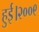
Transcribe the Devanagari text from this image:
हुई।२००९